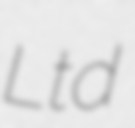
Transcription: Ltd